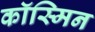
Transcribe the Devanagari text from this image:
कॉस्मिन